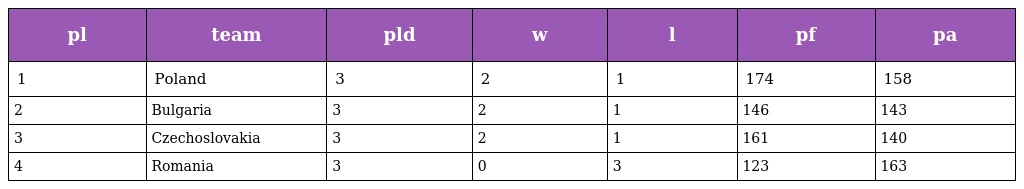
| pl | team | pld | w | l | pf | pa |
 | --- | --- | --- | --- | --- | --- | --- |
 | 1 | Poland | 3 | 2 | 1 | 174 | 158 |
 | 2 | Bulgaria | 3 | 2 | 1 | 146 | 143 |
 | 3 | Czechoslovakia | 3 | 2 | 1 | 161 | 140 |
 | 4 | Romania | 3 | 0 | 3 | 123 | 163 |